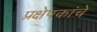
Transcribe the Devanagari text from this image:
प्रक्षेपकांचे